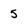
Character: 5